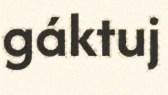
gáktuj